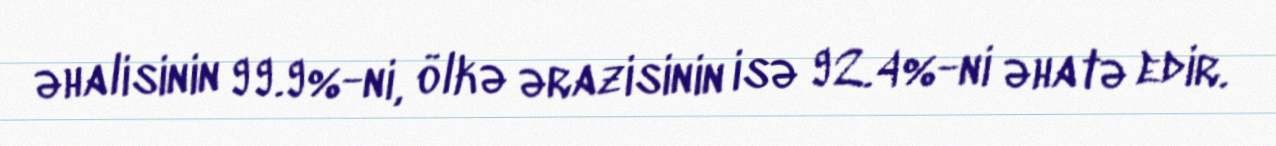
əhalisinin 99.9%-ni, ölkə ərazisinin isə 92.4%-ni əhatə edir.